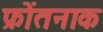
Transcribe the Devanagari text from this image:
फ्रोंतनाक